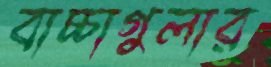
বাচ্চাগুলার